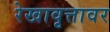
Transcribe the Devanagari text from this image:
रेखावृत्तावर